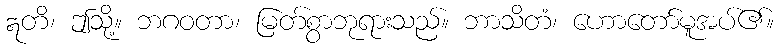
ဣတိ၊ ဤသို့။ ဘဂဝတာ၊ မြတ်စွာဘုရားသည်။ ဘာသိတံ၊ ဟောတော်မူအပ်၏။